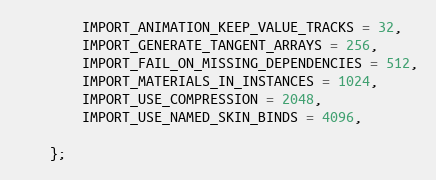
Language: C
		IMPORT_ANIMATION_KEEP_VALUE_TRACKS = 32,
		IMPORT_GENERATE_TANGENT_ARRAYS = 256,
		IMPORT_FAIL_ON_MISSING_DEPENDENCIES = 512,
		IMPORT_MATERIALS_IN_INSTANCES = 1024,
		IMPORT_USE_COMPRESSION = 2048,
		IMPORT_USE_NAMED_SKIN_BINDS = 4096,

	};